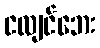
ငလျင်ဘေး